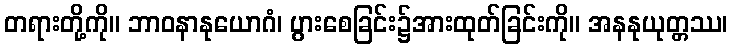
တရားတို့ကို။ ဘာဝနာနုယောဂံ၊ ပွားစေခြင်း၌အားထုတ်ခြင်းကို။ အနနုယုတ္တဿ၊